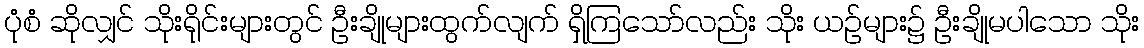
ပုံစံ ဆိုလျှင် သိုးရိုင်းများတွင် ဦးချိုများထွက်လျက် ရှိကြသော်လည်း သိုး ယဉ်များ၌ ဦးချိုမပါသော သိုး